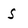
Character: S